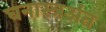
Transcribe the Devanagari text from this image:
घनास्त्रअंत